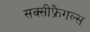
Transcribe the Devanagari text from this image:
सक्सीफ्रैगल्स